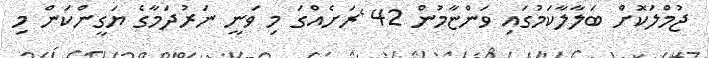
ޖުމްލަކޮށް ބަލާލާކަމުގައި ވަންޏާމުން 42 ެރަށެއްގަ މި ވަނީ ނަރުދަމާގެ ޔަގީންކަން މި